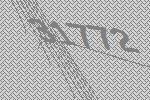
31772